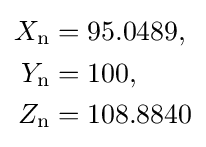
{\begin{aligned}X_{\mathrm {n} }&=95.0489,\\Y_{\mathrm {n} }&=100,\\Z_{\mathrm {n} }&=108.8840\end{aligned}}